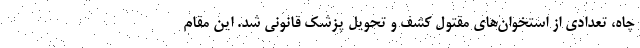
چاه، تعدادی از استخوان‌های مقتول کشف و تحویل پزشک قانونی شد. این مقام